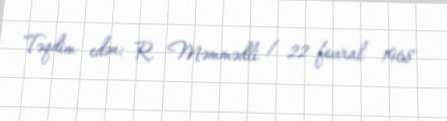
Təqdim edən: R. Məmmədli / 22 fevral 1968